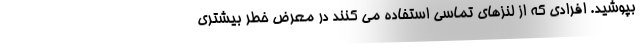
بپوشید. افرادی که از لنزهای تماسی استفاده می کنند در معرض خطر بیشتری